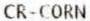
CR-CORN